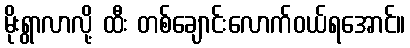
မိုးရွာလာလို့ ထီး တစ်ချောင်းလောက်ဝယ်ရအောင်။